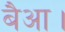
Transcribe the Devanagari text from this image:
बैआ।